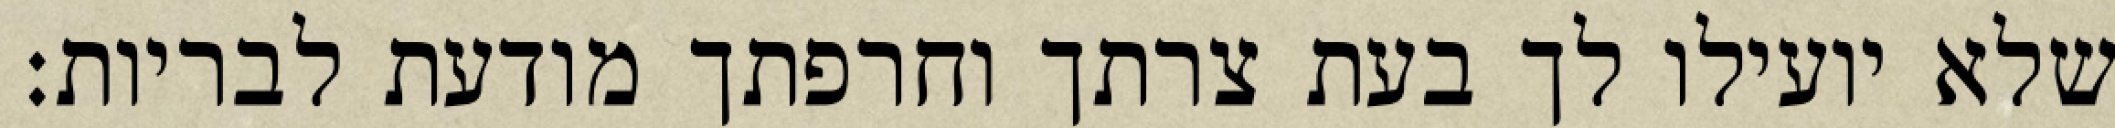
שלא יועילו לך בעת צרתך וחרפתך מודעת לבריות: